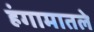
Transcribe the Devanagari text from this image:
हंगामातले